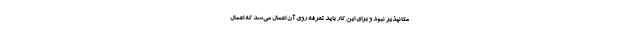
مکانپذیر نبود و برای این کار باید تعرفه روی آن اعمال می‌شد که اعمال